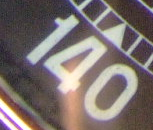
140